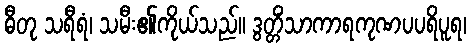
ဓီတု သရီရံ၊ သမီး၏ကိုယ်သည်။ ဒွတ္တိံသာကာရကုဏပပရိပူရ၊